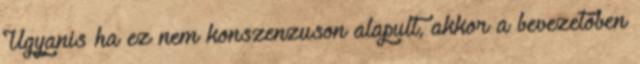
Ugyanis ha ez nem konszenzuson alapult, akkor a bevezetőben